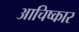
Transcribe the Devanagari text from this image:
आचिष्कार